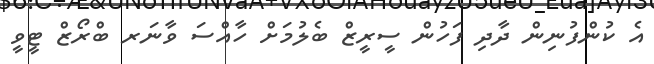
އެ ކުންފުނިން ދާދި ފަހުން ސީރީޒް ބެލުމަށް ހާއްސަ ވާނަރ ބްރޯޒް ޓީވީ